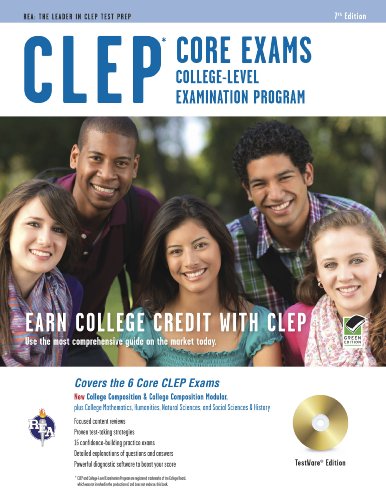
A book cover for CLEP Core Exams w/ CD-ROM (CLEP Test Preparation); Dominic Marullo; Test Preparation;